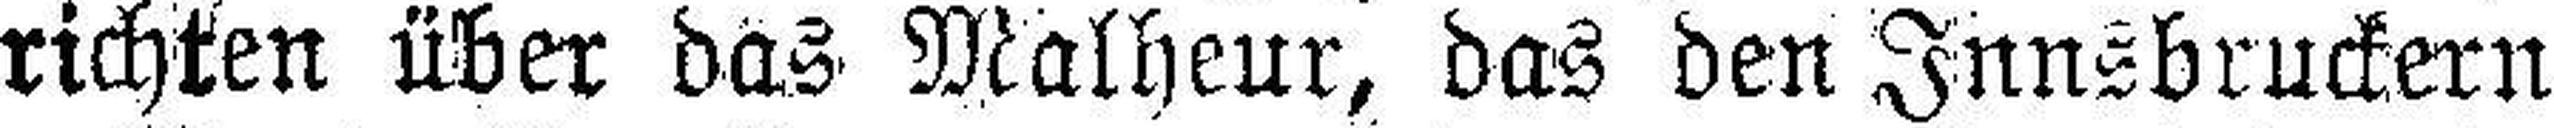
richten über das Malheur, das den Innsbruckern